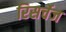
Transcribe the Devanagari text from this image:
रिसर्चेज